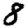
Digit: 8